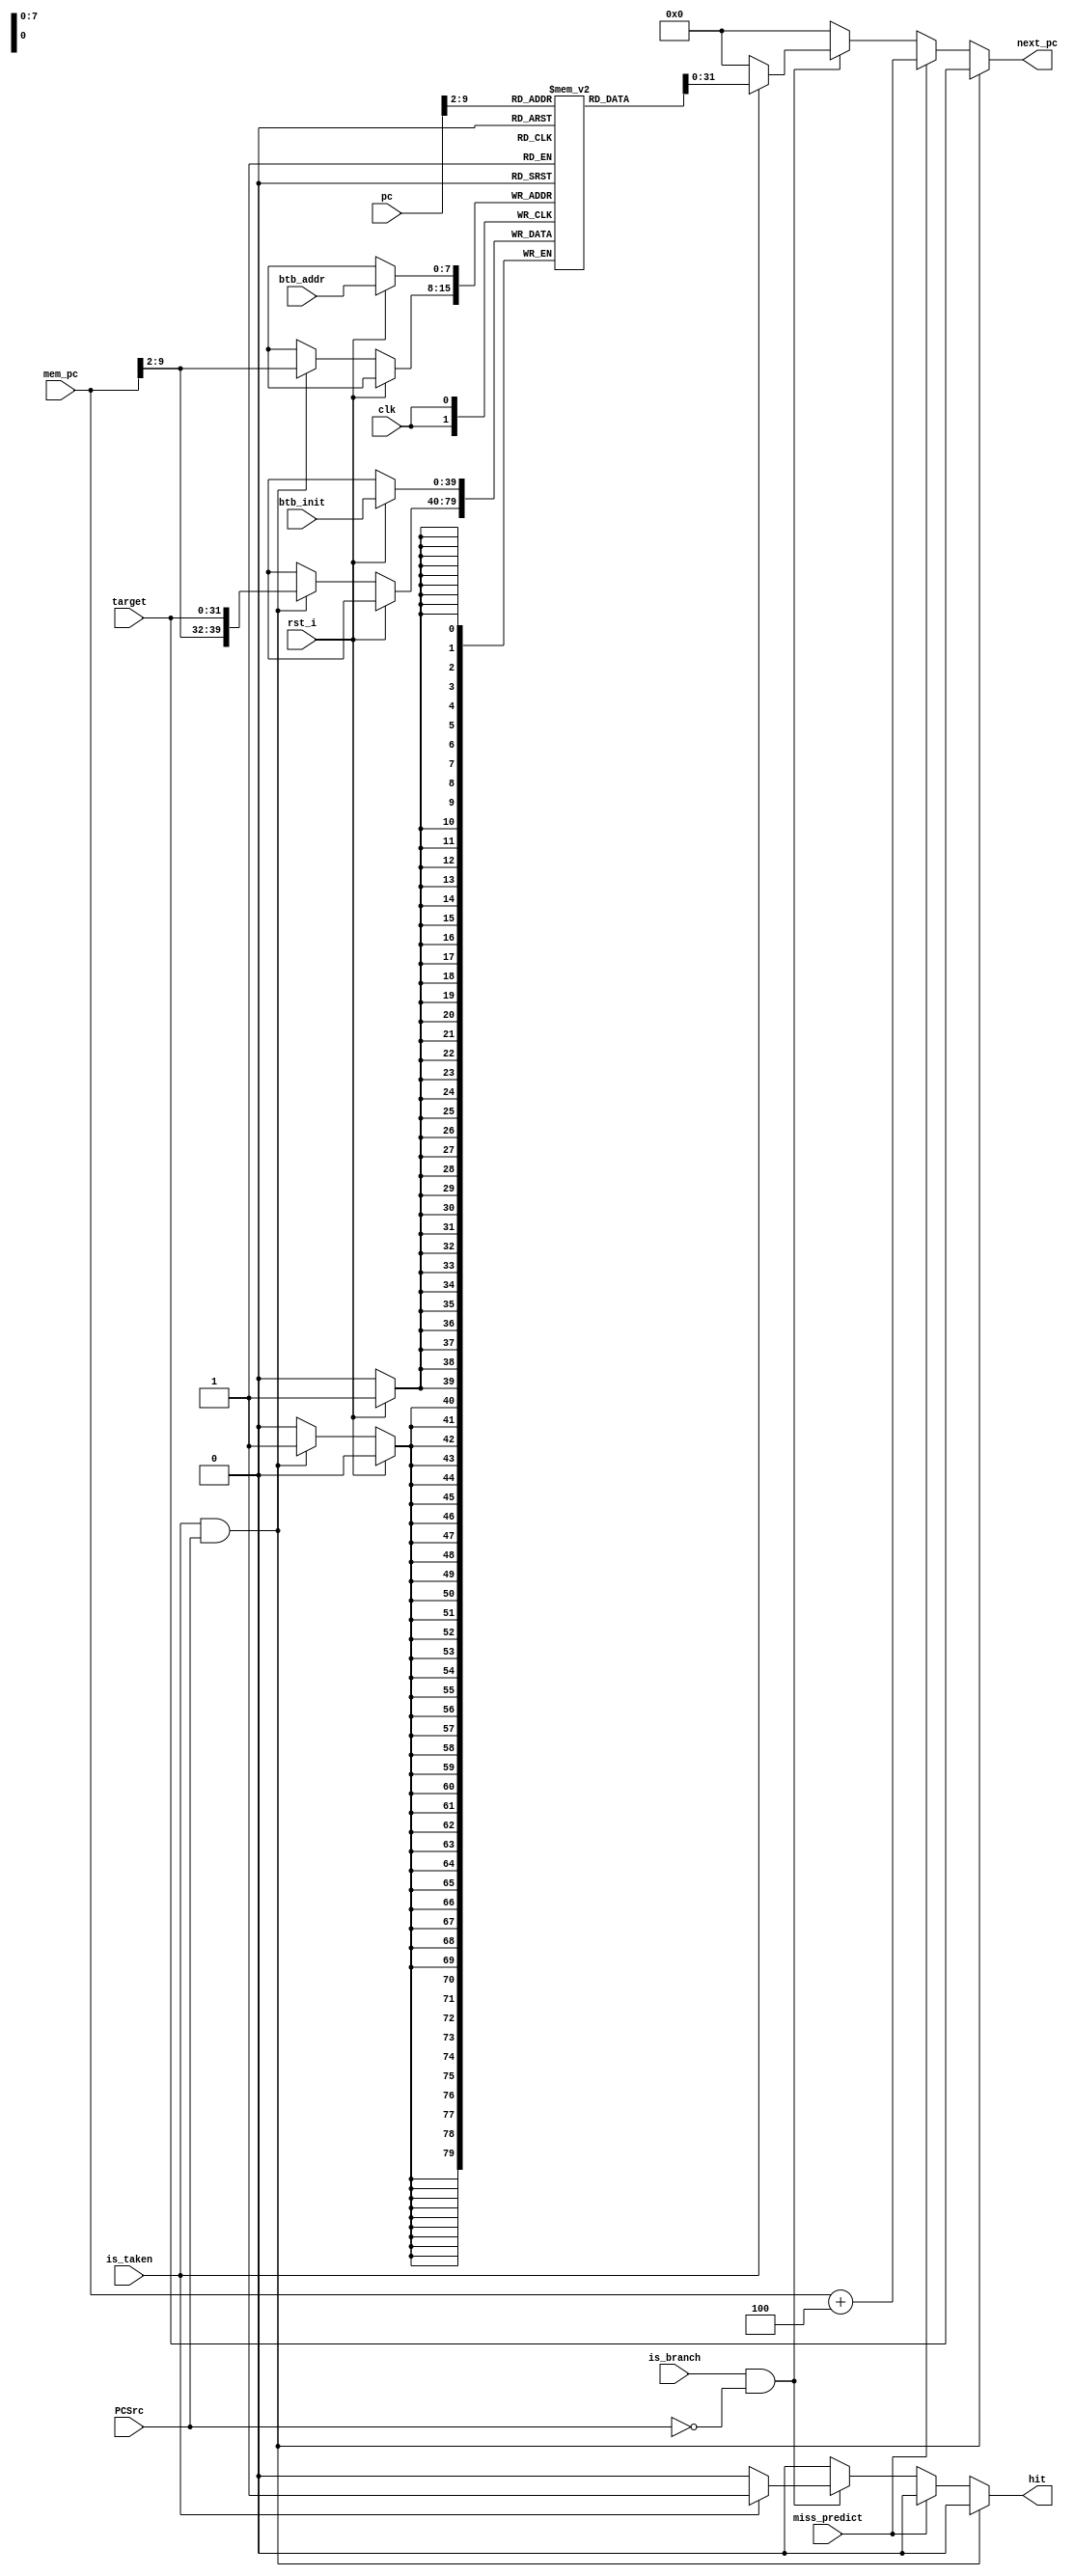
module BTB 
#(
  parameter NUM_ENTRIES = 256  ,   // BTB 엔트리 수
  parameter ENTRY_WIDTH = 40      // BTB 엔트리 너비 (주소와 상태 비트) 
)
(
  input           clk         ,
  input           rst_i       ,
  input   [7:0]   btb_addr    ,
  input   [39:0]  btb_init    ,

  input           is_branch   ,   // branch 명령어인지?
  input   [31:0]  pc          ,   // 현재 명령어 주소
  input   [31:0]  mem_pc      ,   // mem stage의 pc값 
  input   [31:0]  target      ,   // 분기 목적지 주소
  input           is_taken    ,   // 앞에서 결정하기를, 점프를 해야 한다. 그럼 테이블에 있는지 찾아보자.
  input           PCSrc       ,
  input           miss_predict,
  
  output          hit         ,
  output  [31:0]  next_pc         // 다음 명령어 주소
);

  generate
    genvar 		 idx;
    for(idx = 0; idx < 256; idx = idx+1) begin: btb_target
	    wire [39:0] tmp;
	    assign tmp = btb[idx];
    end
  endgenerate

  reg [ENTRY_WIDTH-1:0] btb [NUM_ENTRIES-1:0];
  reg   [31:0]  next_pc_r;
  reg           hit_r;
  
  always @ (posedge clk)
  begin
    if (rst_i) begin
      btb[btb_addr] <= btb_init;
    end
    else 
    if (is_taken && PCSrc) begin                
      btb[mem_pc[9:2]] <= {mem_pc[9:2], target};
    end
  end

  always @ (miss_predict or is_branch or PCSrc or is_taken or pc or mem_pc or target)
  begin
    hit_r = 1'b0;
    next_pc_r = 32'b0;
    if (is_taken && PCSrc) begin                
      next_pc_r = target;
    end
    else
    if(miss_predict) begin
      next_pc_r = mem_pc + 32'd4;
    end
    else if(is_branch && !PCSrc) begin
      if (is_taken) begin                                     // 앞에서 말하기를, 점프 해야하는 경우
        next_pc_r = btb[pc[9:2]][31:0]; 
        hit_r = 1'b1;                               // 저장되어있던, 분기 목적지 주소로 세팅해줌
      end
    end
     else begin
      next_pc_r = 32'b0;
    end 
  end

  reg [9:0] cnt;
  reg [9:0] h_cnt;
  always @ (posedge clk) begin
    if (rst_i) 
      cnt <= 10'b0;
    else if (is_branch)
      cnt <= cnt + 10'b1;
  end

  always @ (posedge clk) begin
    if (rst_i) 
      h_cnt <= 10'b0;
    else if (hit_r)
      h_cnt <= h_cnt + 10'b1;
  end

  assign hit = hit_r;
  assign next_pc = next_pc_r;

endmodule